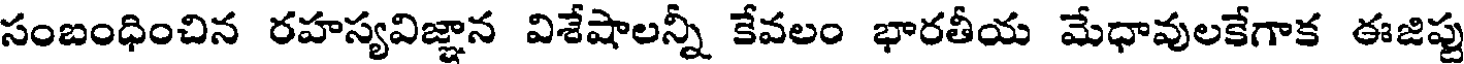
సంబంధించిన రహస్యవిజ్ఞాన విశేషాలన్నీ కేవలం భారతీయ మేధావులకేగాక ఈజిప్టు